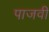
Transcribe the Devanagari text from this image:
पाजवी